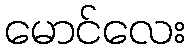
မောင်လေး